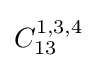
C_{13}^{1,3,4}